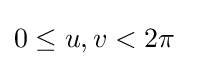
0\leq u,v<2\pi \